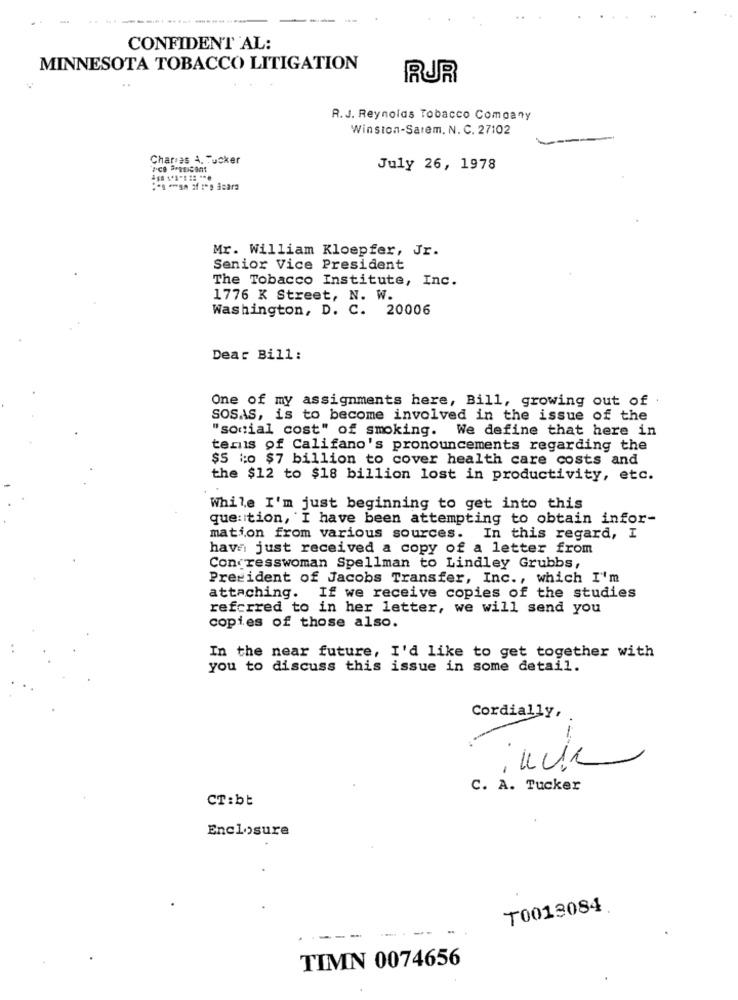
CONFIDENT AL:
MINNESOTA TOBACCO LITIGATION
RUR
R.J. Reynolds Tobacco Company
Winston-Salem, N. C. 27102
Charias A. Tucker
July 26, 1978
Mr. William Kloepfer, Jr.
Senior Vice President
The Tobacco Institute, Inc.
1776 K Street, N. W.
Washington, D. C. 20006
Dear Bill:
One of my assignments here, Bill, growing out of
SOSAS, is to become involved in the issue of the
"social cost" of smoking. We define that here in
tennis of Califano's pronouncements regarding the
$5 to $7 billion to cover health care costs and
the $12 to $18 billion lost in productivity, etc.
While I'm just beginning to get into this
que:tion, I have been attempting to obtain infor-
mation from various sources. In this regard, I
have just received a copy of a letter from
Congresswoman Spellman to Lindley Grubbs,
President of Jacobs Transfer, Inc ., which I'm
attaching. If we receive copies of the studies
referred to in her letter, we will send you
copies of those also.
In the near future, I'd like to get together with
you to discuss this issue in some detail.
Cordially,
-
C. A. Tucker
CT:bt
Enclosure
T0013084
TIMN 0074656